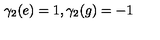
\gamma _ { 2 } ( e ) = 1 , \gamma _ { 2 } ( g ) = - 1